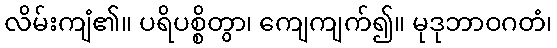
လိမ်းကျံ၏။ ပရိပစ္စိတွာ၊ ကျေကျက်၍။ မုဒုဘာဝဂတံ၊